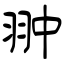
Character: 翀